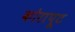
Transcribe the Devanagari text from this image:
कोरापूट